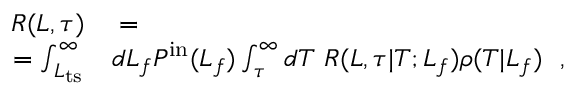
\begin{array} { r l } { R ( L , \tau ) } & { { } = } \\ { = \int _ { L _ { \mathrm { t s } } } ^ { \infty } } & { { } d L _ { f } P ^ { \mathrm { i n } } ( L _ { f } ) \int _ { \tau } ^ { \infty } d T \ R ( L , \tau | T ; L _ { f } ) \rho ( T | L _ { f } ) \ \ , } \end{array}